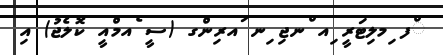
ްފ ިމލިޓަރީ ިއ ްނޖި ިނ ައރިންގ (ސީ ެއމްއީ ކޮލެޖު) އި